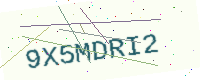
Text: 9X5MDRI2